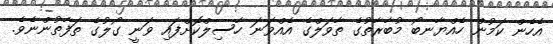
އެހެން ކަމުން ހެއްޔާނބޯ މުބާރާތުގެ ތާވަލްގެ އެއްވަނަ ހާސިލްކޮށްފައި ވަނީ ގޯލުގެ ތަފާތުންނެވެ.